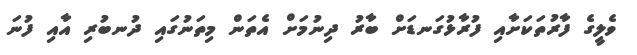
ވެލީގެ ފާރުތަކަށާއި ފުރާޅުގަނޑަށް ބާރު ދިނުމަށް އެތަން މިތަނުގައި ދުނބުރި އާއި ފުނަ